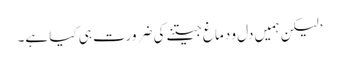
’لیکن ہمیں دل و دماغ جیتنے کی ضرورت ہی کیا ہے۔